Lunatic asylums United Provinces 1899-1908 - 1899-1908
Year: 1899
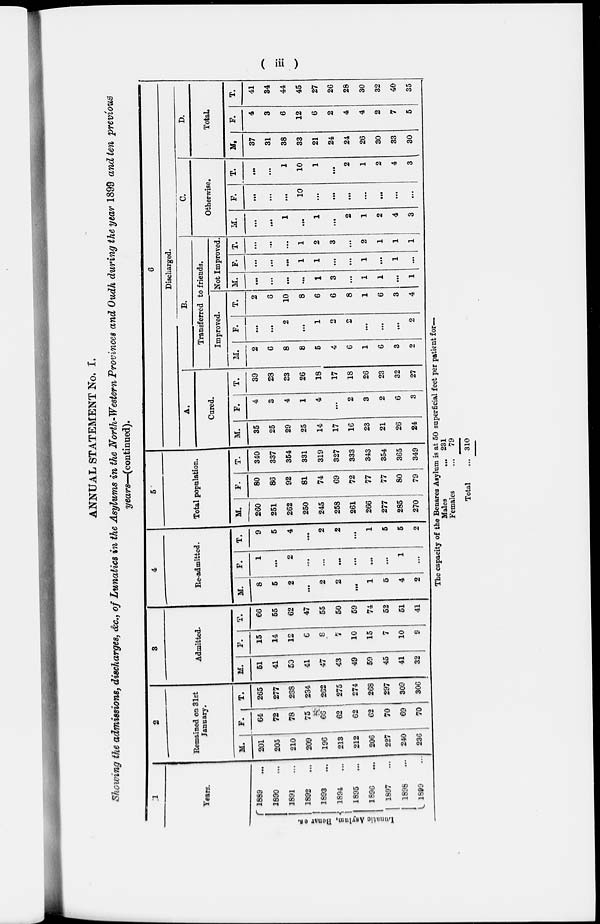
( iii )
ANNUAL STATEMENT No. I.
Showing the admissions, discharges, &c., of Lunatics in the Asylums in the North-Western Provinces and Oudh during the year 1899 and ten previous
years—(continued).
1
Years.
Lunatic Asylum, Benares.
1889
...
1890 …
1891 …
1892 …
1893
...
1894
...
1895 ...
1896 …
1897 ...
1898 …
1899 ...
2
Remained on 31st
January.
M.
201
205
210
209
196
213
212
206
227
240
236
F.
64
72
78
75
66
62
62
62
70
69
70
T.
265
277
288
284
262
275
274
268
297
309
306
3
Admitted
M.
51
41
50
41
47
43
49
59
45
41
32
F.
15
14
12
6
8
7
10
15
7
10
9
T.
66
55
62
47
55
50
59
74
52
51
41
4
Re-admitted.
M.
8
5
2
...
2
2
...
1
5
4
2
F.
1
...
2
...
...
...
...
...
...
1
...
T.
9
5
4
...
2
2
...
1
5
5
2
5
Total population.
M.
260
251
262
250
245
258
261
266
277
285
270
F.
80
86
92
81
74
69
72
77
77
80
79
T.
340
337
354
331
319
327
333
343
354
365
349
6
Discharged.
A.
Cured.
M.
35
25
29
25
14
17
16
23
21
26
24
F.
4
3
4
1
4
...
2
3
2
6
3
T.
39
28
33
26
18
17
18
26
23
32
27
B.
Transferred to friends.
Improved.
M.
2
6
8
8
5
4
6
1
6
3
2
F.
…
…
2
...
1
2
2
...
...
...
2
T.
2
6
10
8
6
6
8
1
6
3
4
Not Improved.
M.
…
...
...
...
1
3
...
1
1
...
1
F.
...
...
...
1
1
...
...
1
...
1
...
T.
...
…
...
1
2
3
...
2
1
1
1
C.
Otherwise.
M.
...
...
1
...
1
...
2
1
2
4
3
F.
…
...
...
10
...
...
...
...
...
...
...
T.
...
…
1
10
1
...
2
1
2
4
3
D.
Total.
M.
37
31
38
33
21
24
24
26
30
33
30
F.
4
3
6
12
6
2
4
4
2
7
5
T.
41
34
44
45
27
26
28
30
32
40
35
The capacity of the Benares Asylum is at 50 superficial feet per patient for—
Males
...
Females ...
Total ...
231
79
310